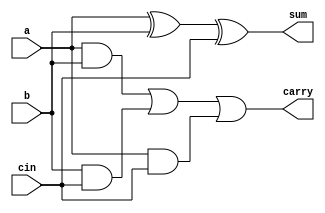
`timescale 1ns / 1ps
//////////////////////////////////////////////////////////////////////////////////
// Company: 
// Engineer: 
// 
// Design Name: 
// Module Name: fa
// Project Name: 
// Target Devices: 
// Tool Versions: 
// Description: 
// 
// Dependencies: 
// 
// Revision:
// Revision 0.01 - File Created
// Additional Comments:
// 
//////////////////////////////////////////////////////////////////////////////////


module FA(a,b,cin,sum,carry);

input a,b,cin;

output sum,carry;

wire T1,T2,T3;


xor x1(sum,a,b,cin);

and a1(T1,a,b);
and a2(T2,b,cin);
and a3(T3,a,cin);

or a4(carry,T1,T2,T3);


endmodule